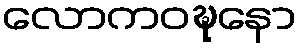
လောကဝဍ္ဎနော